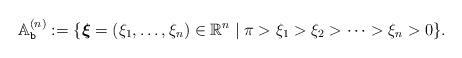
LaTeX: \begin{align*}\mathbb{A}^{(n)}_{\texttt{b}} := \{ \boldsymbol{\xi}=(\xi_1,\ldots ,\xi_n) \in\mathbb{R}^n \mid \pi > \xi_1 >\xi_2>\cdots >\xi_n > 0\} .\end{align*}